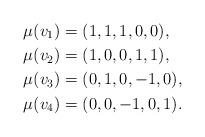
LaTeX: \begin{align*}\mu(v_1)&=(1,1,1,0,0),\\\mu(v_2)&=(1,0,0,1,1),\\\mu(v_3)&=(0,1,0,-1,0),\\\mu(v_4)&=(0,0,-1,0,1).\end{align*}